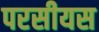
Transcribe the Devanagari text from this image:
परसीयस